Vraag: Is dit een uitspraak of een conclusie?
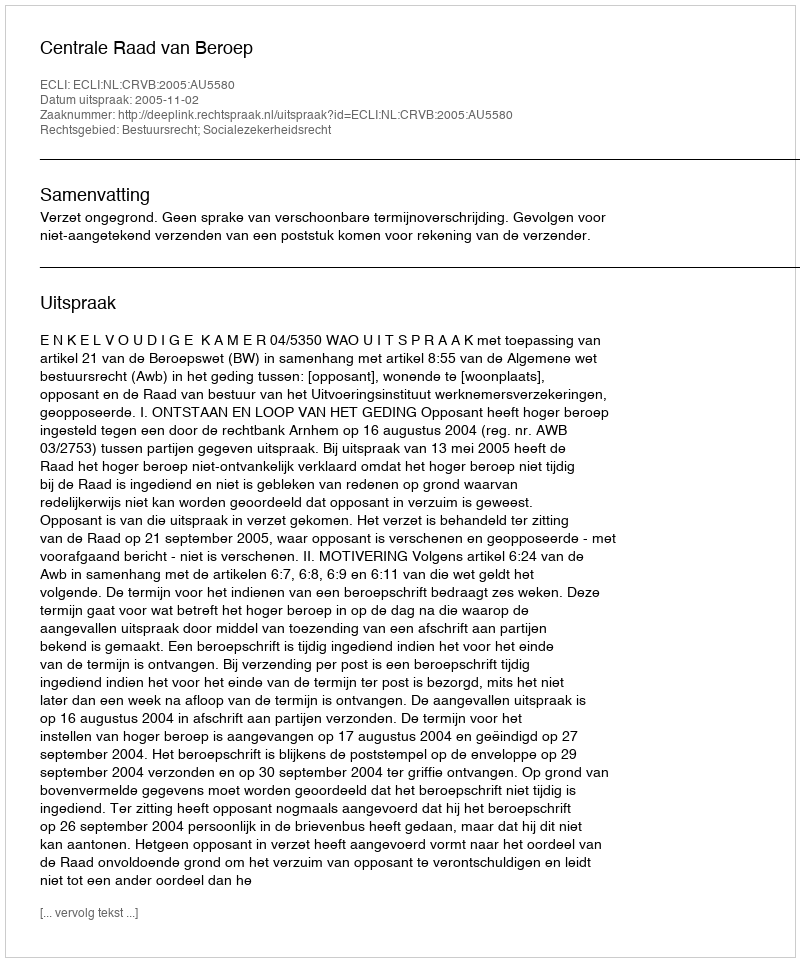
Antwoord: Uitspraak